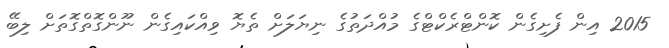
2015 އިން ފެށިގެން ކޮންޓްރެކްޓްގެ މުއްދަތުގެ ނިޔަލަށް ތެޔޮ ވިއްކައިގެން ނޫންގޮތްގޮތަށް ލިބޭ